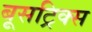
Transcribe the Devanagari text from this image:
बूसट्रिक्स